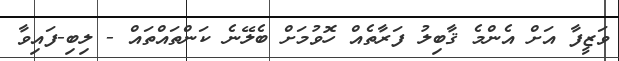
ވަޒީފާ އަށް އެންމެ ޤާބިލު ފަރާތެއް ހޮވުމަށް ބެލޭނެ ކަންތައްތައް - ލިބި-ފައިވާ